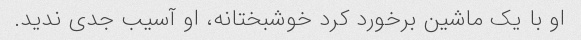
او با یک ماشین برخورد کرد خوشبختانه، او آسیب جدی ندید.